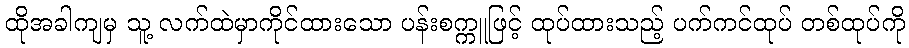
ထိုအခါကျမှ သူ့ လက်ထဲမှာကိုင်ထားသော ပန်းစက္ကူဖြင့် ထုပ်ထားသည့် ပက်ကင်ထုပ် တစ်ထုပ်ကို